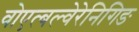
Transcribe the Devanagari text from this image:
वोएत्बल्वेरेनिगिङ